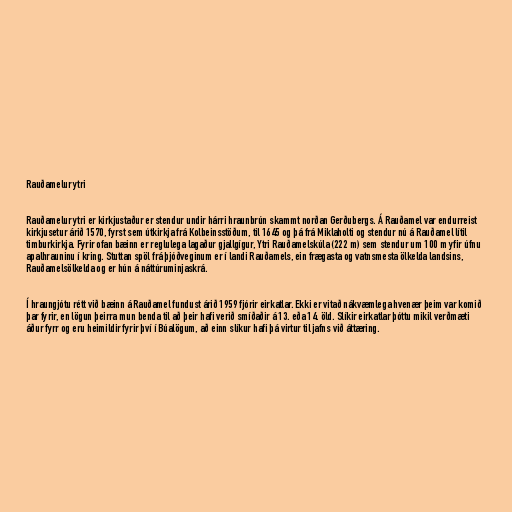
Rauðamelur ytri

Rauðamelur ytri er kirkjustaður er stendur undir hárri hraunbrún skammt norðan Gerðubergs. Á Rauðamel var endurreist
kirkjusetur árið 1570, fyrst sem útkirkja frá Kolbeinsstöðum, til 1645 og þá frá Miklaholti og stendur nú á Rauðamel lítil
timburkirkja. Fyrir ofan bæinn er reglulega lagaður gjallgígur, Ytri Rauðamelskúla (222 m) sem stendur um 100 m yfir úfnu
apalhrauninu í kring. Stuttan spöl frá þjóðveginum er í landi Rauðamels, ein frægasta og vatnsmesta ölkelda landsins,
Rauðamelsölkelda og er hún á náttúruminjaskrá.

Í hraungjótu rétt við bæinn á Rauðamel fundust árið 1959 fjórir eirkatlar. Ekki er vitað nákvæmlega hvenær þeim var komið
þar fyrir, en lögun þeirra mun benda til að þeir hafi verið smíðaðir á 13. eða 14. öld. Slíkir eirkatlar þóttu mikil verðmæti
áður fyrr og eru heimildir fyrir því í Búalögum, að einn slíkur hafi þá virtur til jafns við áttæring.